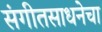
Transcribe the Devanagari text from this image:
संगीतसाधनेचा